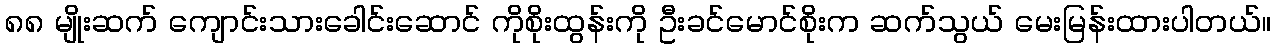
၈၈ မျိုးဆက် ကျောင်းသားခေါင်းဆောင် ကိုစိုးထွန်းကို ဦးခင်မောင်စိုးက ဆက်သွယ် မေးမြန်းထားပါတယ်။